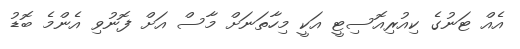
އެއް ޓަނުގެ ކިއުރިއޮސިޓީ އަކީ މިހާތަނަށް މާސް އަށް ފޮނުވި އެންމެ ބޮޑު